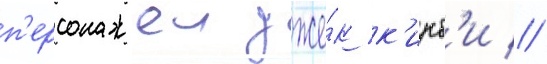
п'ерсонажеи дже́к к'ирб'и //